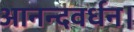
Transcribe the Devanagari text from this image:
आनन्दवर्धन।